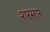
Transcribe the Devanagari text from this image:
शरसार